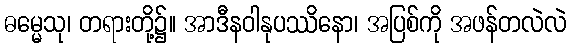
ဓမ္မေသု၊ တရားတို့၌။ အာဒီနဝါနုပဿိနော၊ အပြစ်ကို အဖန်တလဲလဲ